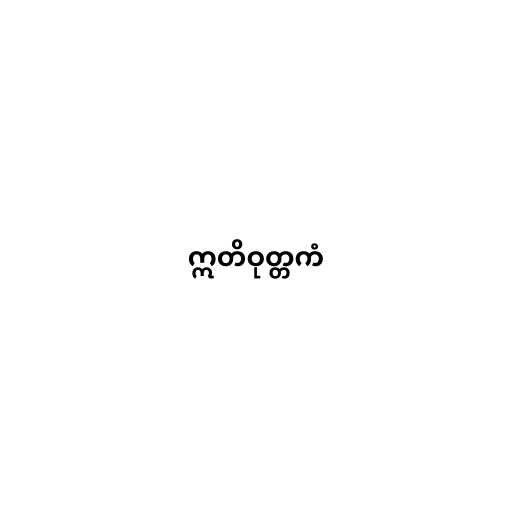
ဣတိဝုတ္တကံ